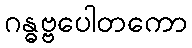
ဂန္ဓဗ္ဗပေါတကော